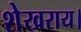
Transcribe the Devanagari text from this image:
शेखराय।